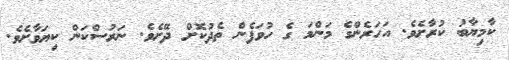
ކާމިޔާބު ކުރާށެވެ. އަހަރެންގެ މަންމަ ގެ ހުވަފެން ތެދުކޮށް ދޭށެވެ. ނަރުސްކަން ކިޔަވާށެވެ.